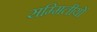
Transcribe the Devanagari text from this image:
सम्मितीयों